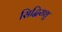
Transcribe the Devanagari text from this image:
सिद्धिराशु